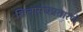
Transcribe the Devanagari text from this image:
शिलासंघप्रतारणे